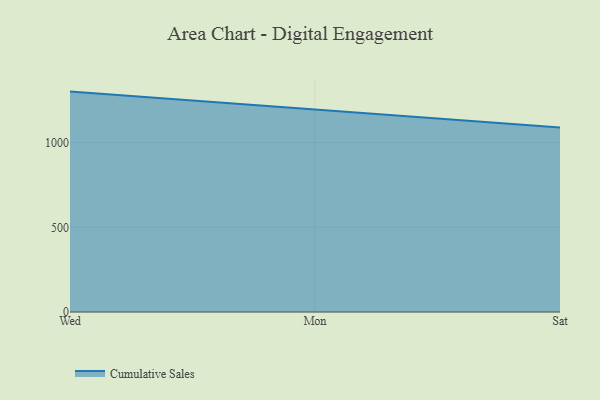
{"axis": {"x": "Day", "y": "Production Output"}, "legend": ["Cumulative Sales"], "data": [{"x": "Wed", "y": 1301.2, "type": "Cumulative Sales"}, {"x": "Mon", "y": 1196.8, "type": "Cumulative Sales"}, {"x": "Sat", "y": 1088.6, "type": "Cumulative Sales"}]}